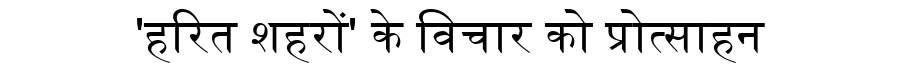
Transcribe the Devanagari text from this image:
'हरित शहरों' के विचार को प्रोत्साहन